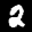
Label: 2